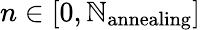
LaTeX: n\in[0,\mathbb{N}_{\mathrm{{annealing}}}]